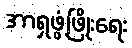
အာရှဖွံ့ဖြိုးရေး